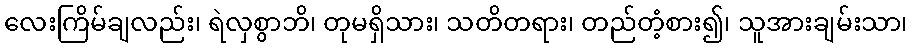
လေးကြိမ်ချလည်း၊ ရဲလှစွာဘိ၊ တုမရှိသား၊ သတိတရား၊ တည်တံ့စား၍၊ သူအားချမ်းသာ၊